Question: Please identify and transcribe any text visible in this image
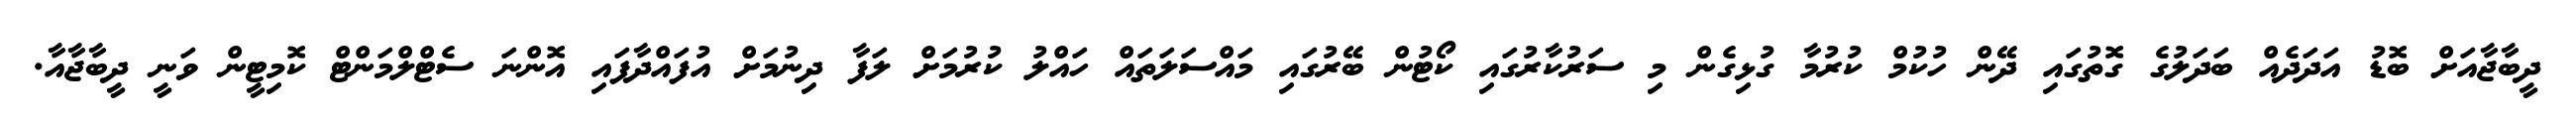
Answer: ދީބާޖާއަށް ބޮޑު އަދަދެއް ބަދަލުގެ ގޮތުގައި ދޭން ހުކުމް ކުރުމާ ގުޅިގެން މި ސަރުކާރުގައި ކޯޓުން ބޭރުގައި މައްސަލަތައް ހައްލު ކުރުމަށް ލަފާ ދިނުމަށް އުފައްދާފައި އޮންނަ ސެޓްލްމަންޓް ކޮމިޓީން ވަނީ ދީބާޖާއާ.